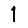
Digit: 1